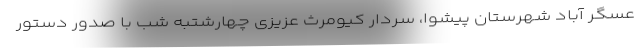
عسگر آباد شهرستان پیشوا، سردار کیومرث عزیزی چهارشتبه شب با صدور دستور